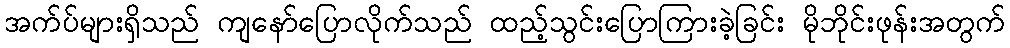
အက်ပ်များရှိသည် ကျနော်ပြောလိုက်သည် ထည့်သွင်းပြောကြားခဲ့ခြင်း မိုဘိုင်းဖုန်းအတွက်